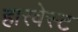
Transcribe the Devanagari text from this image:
हारवेस्ट